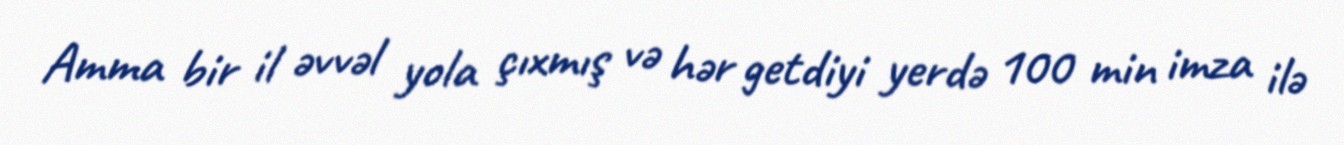
Amma bir il əvvəl yola çıxmış və hər getdiyi yerdə 100 min imza ilə